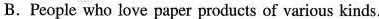
B. People who love paper products of various kinds.